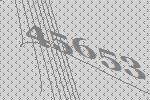
45653